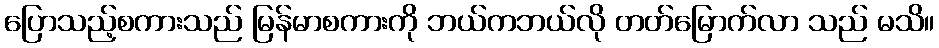
ပြောသည့်စကားသည် မြန်မာစကားကို ဘယ်ကဘယ်လို တတ်မြောက်လာ သည် မသိ။